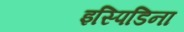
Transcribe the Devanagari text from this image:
इस्पिडिना